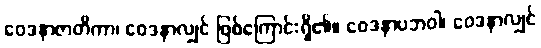
ဝေဒနာဇာတိကာ၊ ဝေဒနာလျှင် ဖြစ်ကြောင်းရှိ၏။ ဝေဒနာပဘဝါ၊ ဝေဒနာလျှင်